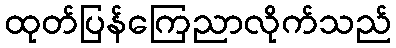
ထုတ်ပြန်ကြေညာလိုက်သည်